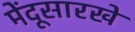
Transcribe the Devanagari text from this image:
मेंदूसारखे